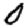
Digit: 0